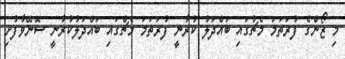
މި ޒޯންގެ ފުރަތަމަ މެޗުގައި ބައްދަލު ކުރާނީ ފުރަތަމަ މެޗްގައި ބައްދަލުކުރާނީ ސޮނޭވާފުށި